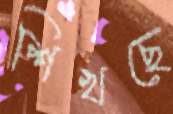
শিখছে